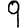
Digit: 9